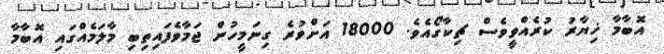
އޮބާމާ ޚިޔާރު ކުރެއްވީވެސް ޗިކާގޯއެވެ. 18000 އަށްވުރެ ގިނަމީހުން ޖަމާވެފައިތިބި މާލަމެއްގައި އޮބާމާ